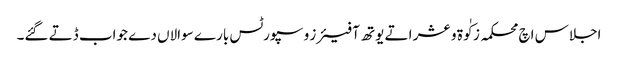
اجلاس اچ محکمہ زکٰوة و عشر اتے یوتھ آفیئرز و سپورٹس بارے سوالاں دے جواب ڈتے گئے۔